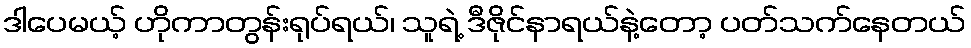
ဒါပေမယ့် ဟိုကာတွန်းရုပ်ရယ်၊ သူရဲ့ ဒီဇိုင်နာရယ်နဲ့တော့ ပတ်သက်နေတယ်